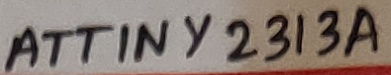
Text: ATTINY2313A